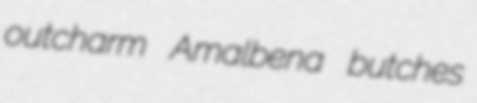
outcharm Amalbena butches